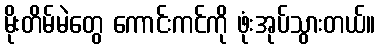
မိုးတိမ်မဲတွေ ကောင်းကင်ကို ဖုံးအုပ်သွားတယ်။